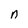
Character: n